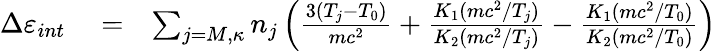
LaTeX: \begin{array}{rlr}{\Delta\varepsilon_{int}}&{{}=}&{\sum_{j=M,\kappa}n_{j}\left(\frac{3(T_{j}-T_{0})}{mc^{2}}+\frac{K_{1}(mc^{2}/T_{j})}{K_{2}(mc^{2}/T_{j})}-\frac{K_{1}(mc^{2}/T_{0})}{K_{2}(mc^{2}/T_{0})}\right)}\end{array}